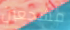
مشجعين